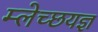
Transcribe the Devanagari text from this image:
म्लेच्छयज्ञ